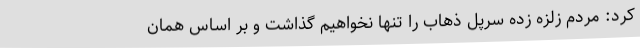
کرد: مردم زلزه زده سرپل ذهاب را تنها نخواهیم گذاشت و بر اساس همان